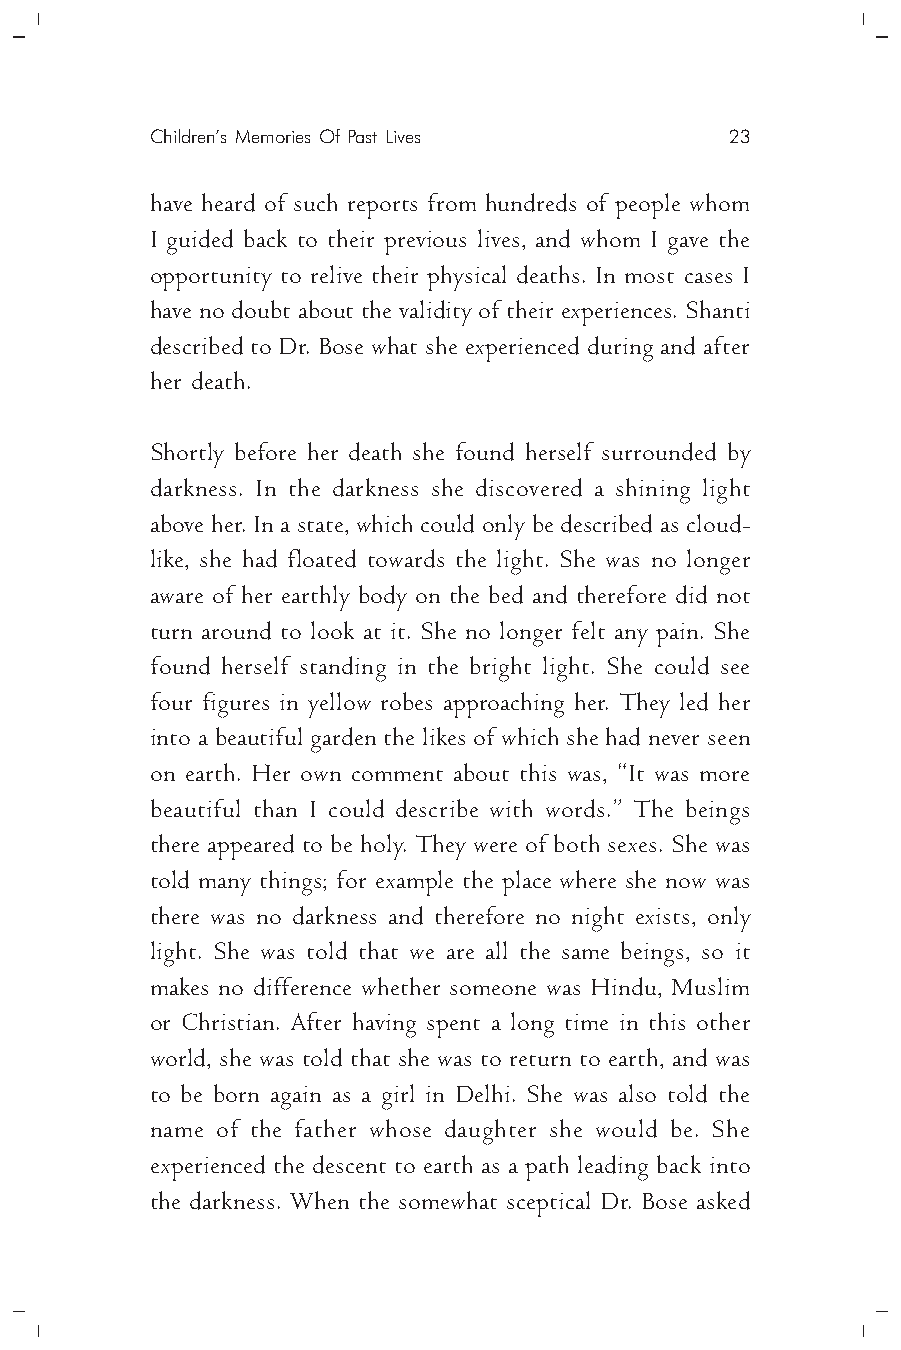
Children’s Memories Of Past Lives     23
 have heard of such reports from hundreds of people whom
 I guided back to their previous lives, and whom I gave the
 opportunity to relive their physical deaths. In most cases I
 have no doubt about the validity of their experiences. Shanti
 described to Dr. Bose what she experienced during and after
 her death.
 Shortly before her death she found herself surrounded by
 darkness. In the darkness she discovered a shining light
 above her. In a state, which could only be described as cloud-
 like, she had floated towards the light. She was no longer
 aware of her earthly body on the bed and therefore did not
 turn around to look at it. She no longer felt any pain. She
 found herself standing in the bright light. She could see
 four figures in yellow robes approaching her. They led her
 into a beautiful garden the likes of which she had never seen
 on earth. Her own comment about this was, “It was more
 beautiful than I could describe with words.” The beings
 there appeared to be holy. They were of both sexes. She was
 told many things; for example the place where she now was
 there was no darkness and therefore no night exists, only
 light. She was told that we are all the same beings, so it
 makes no difference whether someone was Hindu, Muslim
 or Christian. After having spent a long time in this other
 world, she was told that she was to return to earth, and was
 to be born again as a girl in Delhi. She was also told the
 name of the father whose daughter she would be. She
 experienced the descent to earth as a path leading back into
 the darkness. When the somewhat sceptical Dr. Bose asked